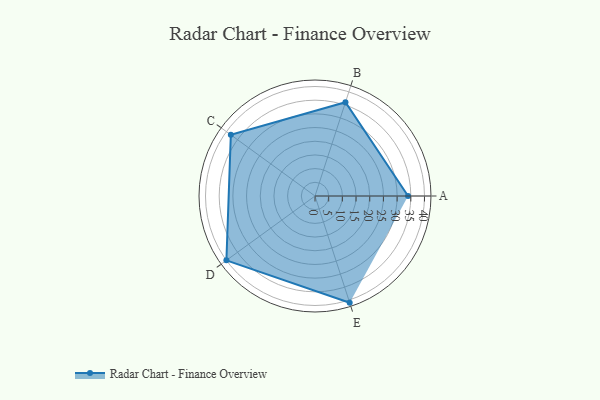
{"axis": {"x": "Skill", "y": "Score"}, "legend": ["Profile"], "data": [{"x": "A", "y": 34.0, "type": "Profile"}, {"x": "B", "y": 36.0, "type": "Profile"}, {"x": "C", "y": 38.0, "type": "Profile"}, {"x": "D", "y": 40.0, "type": "Profile"}, {"x": "E", "y": 41.0, "type": "Profile"}]}